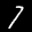
Label: 7